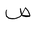
Letter: _sad